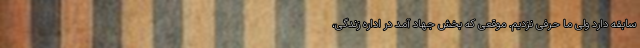
سابقه دارد ولی ما حرفی نزدیم. موقعی که بخش جهاد آمد در اداره زندگی،